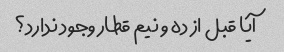
آیا قبل از ده و نیم قطار وجود ندارد؟